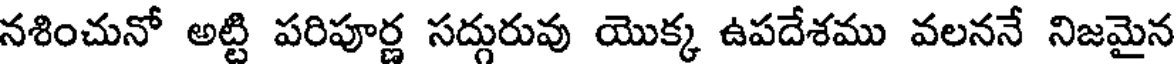
నశించునో అట్టి పరిపూర్ణ సద్గురువు యొక్క ఉపదేశము వలననే నిజమైన